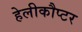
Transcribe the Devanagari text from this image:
हेलीकौप्टर